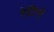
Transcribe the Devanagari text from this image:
रेटिनो